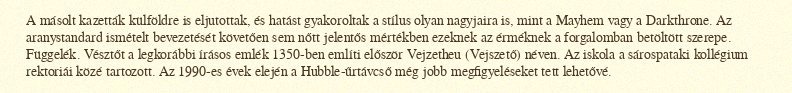
A másolt kazetták külföldre is eljutottak, és hatást gyakoroltak a stílus olyan nagyjaira is, mint a Mayhem vagy a Darkthrone. Az aranystandard ismételt bevezetését követően sem nőtt jelentős mértékben ezeknek az érméknek a forgalomban betöltött szerepe. Függelék. Vésztőt a legkorábbi írásos emlék 1350-ben említi először Vejzetheu (Vejszető) néven. Az iskola a sárospataki kollégium rektoriái közé tartozott. Az 1990-es évek elején a Hubble-űrtávcső még jobb megfigyeléseket tett lehetővé.